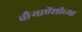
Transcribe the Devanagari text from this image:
चौर्‍याऐंशीच्या